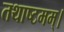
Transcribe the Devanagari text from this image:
तथाष्टमम्।